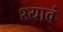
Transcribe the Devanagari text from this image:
श्यावं